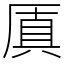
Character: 厧